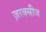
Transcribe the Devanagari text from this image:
ज़रक्सीज